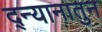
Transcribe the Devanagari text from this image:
द्न्यानातुन